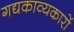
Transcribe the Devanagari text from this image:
गद्यकाव्यकारों